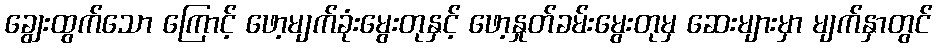
ချွေးထွက်သော ကြောင့် ဖော့မျက်ခုံးမွေးတုနှင့် ဖော့နှုတ်ခမ်းမွေးတုမှ ဆေးများမှာ မျက်နှာတွင်